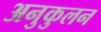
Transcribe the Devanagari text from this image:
अनुकुलन